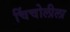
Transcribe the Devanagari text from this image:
चिंचोलीला